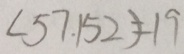
( 5 7 . 1 5 2 ) = 1 9